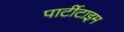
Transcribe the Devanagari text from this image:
पार्टीटाइम